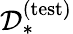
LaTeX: \mathcal{D}_{*}^{(\mathrm{test})}